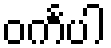
ဝင်္ကပါ